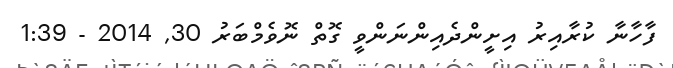
ފާހާނާ ކުރާއިރު އިށީންދެއިންނަންވީ ގޮތް ނޮވެމްބަރު 30